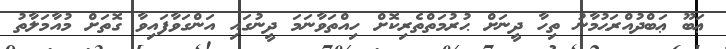
ޢަބޫ ޢަބްދުއްރަޙުމާނު ތިހާ ދީނަށް ޙުރުމަތްތެރިކޮށް ހިއްތަވާނަމަ ދީނުގައި އަންގަވާފައިވާ ގޮތަށް މުއާމަލާތު